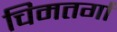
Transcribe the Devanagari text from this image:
चिमतर्गा